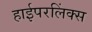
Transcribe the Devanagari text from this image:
हाईपरलिंक्स